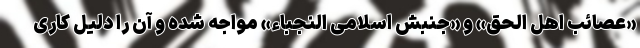
«عصائب اهل الحق» و «جنبش اسلامی النجباء» مواجه شده و آن را دلیل کاری